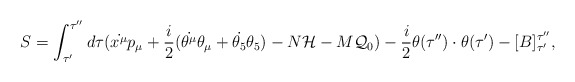
\begin{align*}S=\int_{\tau'}^{\tau''}d\tau (\dot{x^\mu}p_\mu +\frac{i}{2}(\dot{\theta^\mu}\theta_\mu+ \dot{\theta_5}\theta_5)-N{\cal H} -M {\cal Q}_0)-\frac{i}{2}\theta(\tau'')\cdot\theta(\tau')-[B]^{\tau''}_{\tau'},\end{align*}